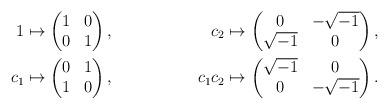
LaTeX: \begin{align*}1&\mapsto \begin{pmatrix}1&0\\0&1\end{pmatrix},&c_2&\mapsto \begin{pmatrix}0&-\sqrt{-1}\\\sqrt{-1}&0\end{pmatrix},\\c_1&\mapsto \begin{pmatrix}0&1\\1&0\end{pmatrix},&c_1c_2&\mapsto \begin{pmatrix}\sqrt{-1}&0\\0&-\sqrt{-1}\end{pmatrix}.\end{align*}